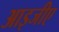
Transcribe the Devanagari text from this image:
आइजीए